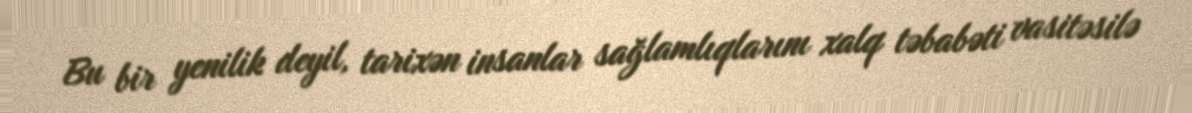
Bu bir yenilik deyil, tarixən insanlar sağlamlıqlarını xalq təbabəti vasitəsilə